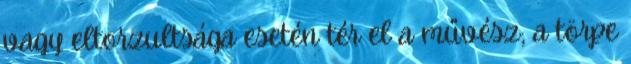
vagy eltorzultsága esetén tér el a művész; a törpe